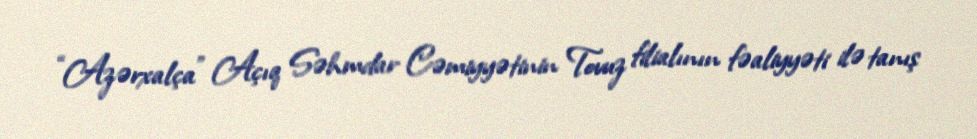
“Azərxalça” Açıq Səhmdar Cəmiyyətinin Tovuz filialının fəaliyyəti ilə tanış